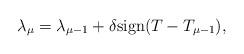
LaTeX: \begin{align*}\lambda_\mu = \lambda_{\mu - 1} + \delta \textrm{sign}(T - T_{\mu - 1}), \end{align*}